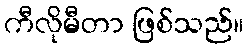
ကီလိုမီတာ ဖြစ်သည်။